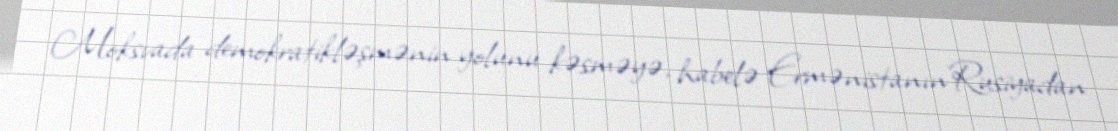
Moksvada demokratikləşmənin yolunu kəsməyə, habelə Ermənistanın Rusiyadan